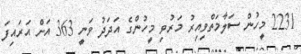
2231 މީހުން ސަލާމަތްވިއިރު މަރުވި މީހުންގެ އަދަދު ވަނީ 363 އަށް އަރައިފަ